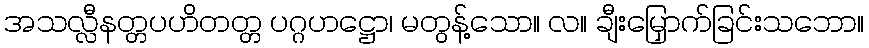
အသလ္လီနတ္တပဟိတတ္တ ပဂ္ဂဟဋ္ဌော၊ မတွန့်သော။ လ။ ချီးမြှောက်ခြင်းသဘော။